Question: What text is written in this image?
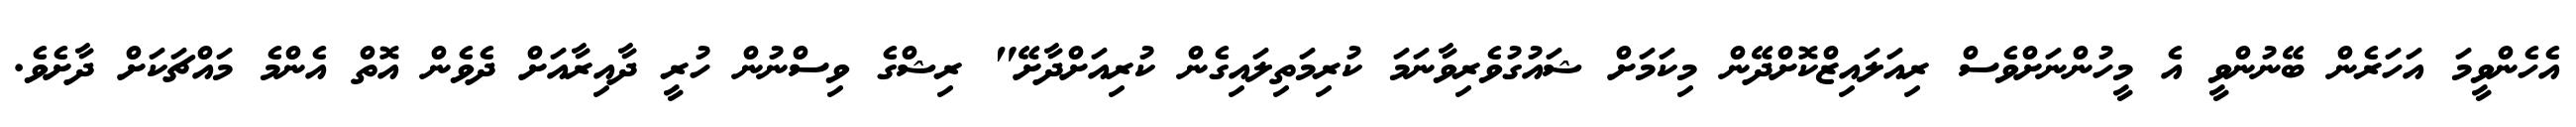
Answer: އެހެންވީމަ އަހަރެން ބޭނުންވީ އެ މީހުންނަށްވެސް ރިއަލައިޒްކޮށްދޭން މިކަމަށް ޝައުގުވެރިވާނަމަ ކުރިމަތިލައިގެން ކުރިއަށްދާށޭ" ރިޝްގެ ވިސްނުން ހުރީ ދާއިރާއަށް ދެވެން އޮތް އެންމެ މައްޗަކަށް ދާށެވެ.